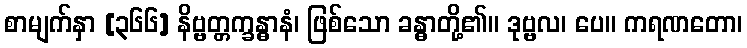
စာမျက်နှာ [၃၆၆] နိဗ္ဗတ္တက္ခန္ဓာနံ၊ ဖြစ်သော ခန္ဓာတို့၏။ ဒုဗ္ဗလ၊ ပေ။ ကရဏတော၊